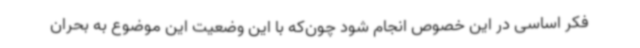
فکر اساسی در این خصوص انجام شود چون‌که با این وضعیت این موضوع به بحران